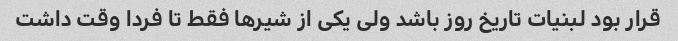
قرار بود لبنیات تاریخ روز باشد ولی یکی از شیرها فقط تا فردا وقت داشت